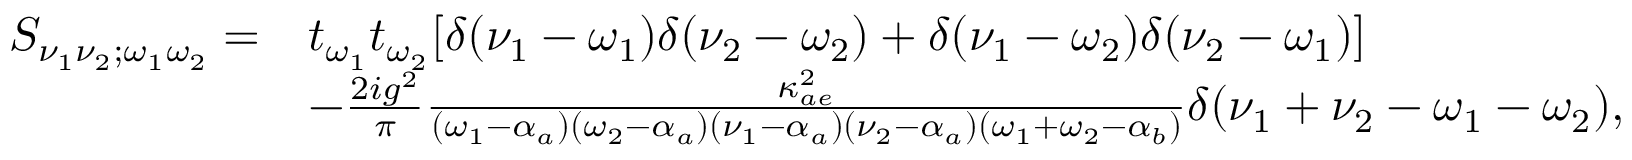
\begin{array} { r l } { S _ { \nu _ { 1 } \nu _ { 2 } ; \omega _ { 1 } \omega _ { 2 } } = } & { t _ { \omega _ { 1 } } t _ { \omega _ { 2 } } [ \delta ( \nu _ { 1 } - \omega _ { 1 } ) \delta ( \nu _ { 2 } - \omega _ { 2 } ) + \delta ( \nu _ { 1 } - \omega _ { 2 } ) \delta ( \nu _ { 2 } - \omega _ { 1 } ) ] } \\ & { - \frac { 2 i g ^ { 2 } } { \pi } \frac { \kappa _ { a e } ^ { 2 } } { ( \omega _ { 1 } - \alpha _ { a } ) ( \omega _ { 2 } - \alpha _ { a } ) ( \nu _ { 1 } - \alpha _ { a } ) ( \nu _ { 2 } - \alpha _ { a } ) ( \omega _ { 1 } + \omega _ { 2 } - \alpha _ { b } ) } \delta ( \nu _ { 1 } + \nu _ { 2 } - \omega _ { 1 } - \omega _ { 2 } ) , } \end{array}